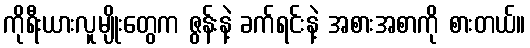
ကိုရီးယားလူမျိုးတွေက ဇွန်းနဲ့ ခက်ရင်းနဲ့ အစားအစာကို စားတယ်။